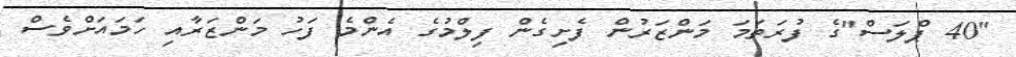
"40 ޕްލަސް"ގެ ފުރަތަމަ މަންޒަރުން ފެށިގެން ފިލްމުގެ އެންމެ ފަހު މަންޒަރާއި ހަމައަށްވެސް